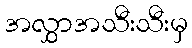
အလွှာအသီးသီးမှ